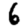
Digit: 6